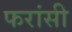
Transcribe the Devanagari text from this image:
फरांसी